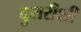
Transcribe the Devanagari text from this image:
दुसरीशी